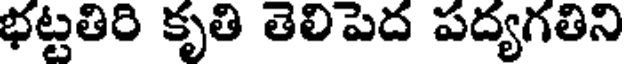
భట్టతిరి కృతి తెలిపెద పద్యగతిని